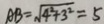
A B = \sqrt { 4 ^ { 2 } + 3 ^ { 2 } } = 5